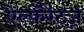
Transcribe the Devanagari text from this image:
ऐल्फ़ॅरैट्ज़